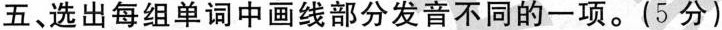
五、选出每组单词中画线部分发音不同的一项。(5 分)